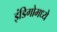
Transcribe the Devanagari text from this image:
इंडिगोमध्ये